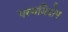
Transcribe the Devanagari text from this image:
परमविक्षेप